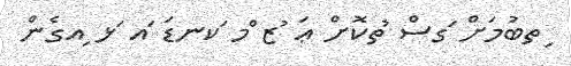
ިތބުމަށް ަގސް ުތކޮށް ޢަ ުޒ ްމ ަކނޑަ ައ ަޅ ިއގެން